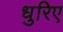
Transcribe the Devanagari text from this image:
धुरिए